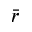
\bar { r }